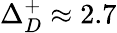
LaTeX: \Delta_{D}^{+}\approx 2.7